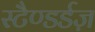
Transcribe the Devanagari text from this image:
स्टैण्डर्डज़